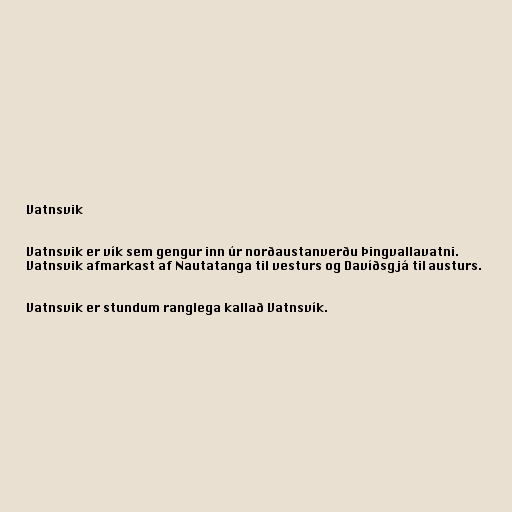
Vatnsvik

Vatnsvik er vík sem gengur inn úr norðaustanverðu Þingvallavatni.
Vatnsvik afmarkast af Nautatanga til vesturs og Davíðsgjá til austurs.

Vatnsvik er stundum ranglega kallað Vatnsvík.